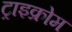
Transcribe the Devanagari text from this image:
ट्राइक्रोम